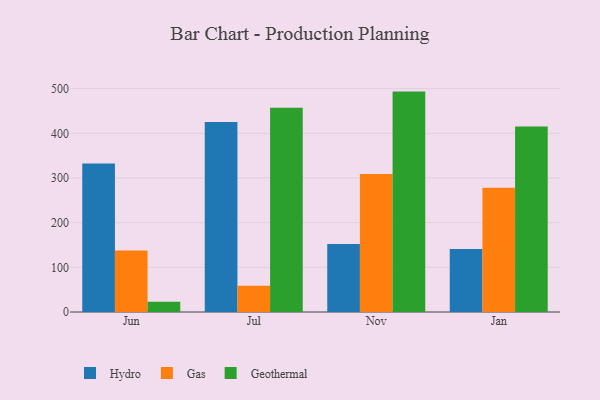
{"axis": {"x": "Month", "y": "Production Output"}, "legend": ["Gas", "Geothermal", "Hydro"], "data": [{"x": "Jun", "y": 332.6, "type": "Hydro"}, {"x": "Jun", "y": 137.5, "type": "Gas"}, {"x": "Jun", "y": 22.7, "type": "Geothermal"}, {"x": "Jul", "y": 425.2, "type": "Hydro"}, {"x": "Jul", "y": 58.8, "type": "Gas"}, {"x": "Jul", "y": 457.0, "type": "Geothermal"}, {"x": "Nov", "y": 152.3, "type": "Hydro"}, {"x": "Nov", "y": 308.7, "type": "Gas"}, {"x": "Nov", "y": 493.4, "type": "Geothermal"}, {"x": "Jan", "y": 141.2, "type": "Hydro"}, {"x": "Jan", "y": 278.2, "type": "Gas"}, {"x": "Jan", "y": 415.4, "type": "Geothermal"}]}